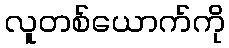
လူတစ်ယောက်ကို